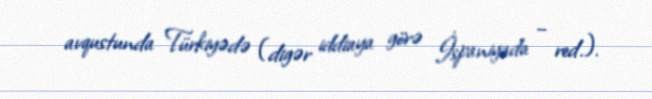
avqustunda Türkiyədə (digər iddiaya görə İspaniyada – red.).